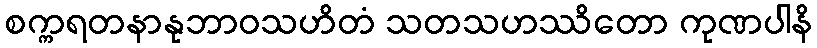
စက္ကရတနာနုဘာဝသဟိတံ သတသဟဿိတော ကုဏပါနိ